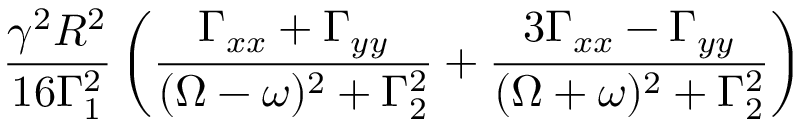
\frac { \gamma ^ { 2 } R ^ { 2 } } { 1 6 \Gamma _ { 1 } ^ { 2 } } \left( \frac { \Gamma _ { x x } + \Gamma _ { y y } } { ( \Omega - \omega ) ^ { 2 } + \Gamma _ { 2 } ^ { 2 } } + \frac { 3 \Gamma _ { x x } - \Gamma _ { y y } } { ( \Omega + \omega ) ^ { 2 } + \Gamma _ { 2 } ^ { 2 } } \right)